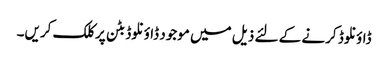
ڈاؤنلوڈ کرنے کے لئے ذیل میں موجود ڈاؤنلوڈ بٹن پر کلک کریں۔